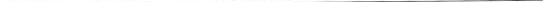
___